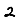
Digit: 2